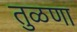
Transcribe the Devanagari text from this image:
तुळणा